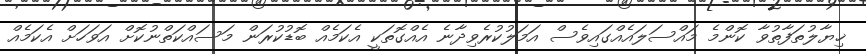
ޚިޔާލުތަފާތުވާ ކޮންމެ މައްސަލައެއްގައިވެސް އަމަލުކުރެވިދާނެ އެއްގޮތަކީ އެކަމެއް ބޮޑުކުރަން މަސައްކަތްނުކޮށް އަވަހަށް އެކަމެއް